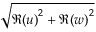
\sqrt { \Re { ( u ) } ^ { 2 } + \Re { ( w ) } ^ { 2 } }